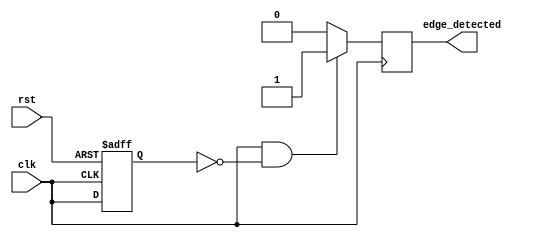
module edge_detector (
    input wire clk,                // Input signal
    input wire rst,                // Asynchronous reset
    output reg edge_detected       // Output pulse for edge detection
);

reg previous_state;               // Memory block to store the previous state of the input signal

// D Flip-Flop to store the previous state
always @(posedge clk or posedge rst) begin
    if (rst) begin
        previous_state <= 1'b0;    // Reset previous state to 0
    end else begin
        previous_state <= clk;      // Capture the current state of the input signal
    end
end

// Edge Detection Logic
always @(posedge clk) begin
    // Generate a pulse if there is a rising edge
    if (clk && !previous_state) begin
        edge_detected <= 1'b1;      // Detected rising edge, set output high
    end else begin
        edge_detected <= 1'b0;      // No edge detected, set output low
    end
end

endmodule